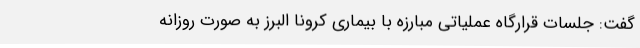
گفت: جلسات قرارگاه عملیاتی مبارزه با بیماری کرونا البرز به صورت روزانه